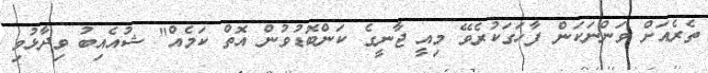
ތެރެއަށް ވަންނަކަން ފާހަގަކުރެވޭ މިއީ ޖާނީގެ ކަންބޮޑުވުން އޮތް ކަމެއް" ޝުއެއިބު ވިދާޅުވި